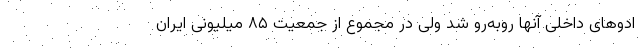
ادوهای داخلی آنها رو‌به‌رو شد ولی در مجموع از جمعیت ۸۵ میلیونی ایران